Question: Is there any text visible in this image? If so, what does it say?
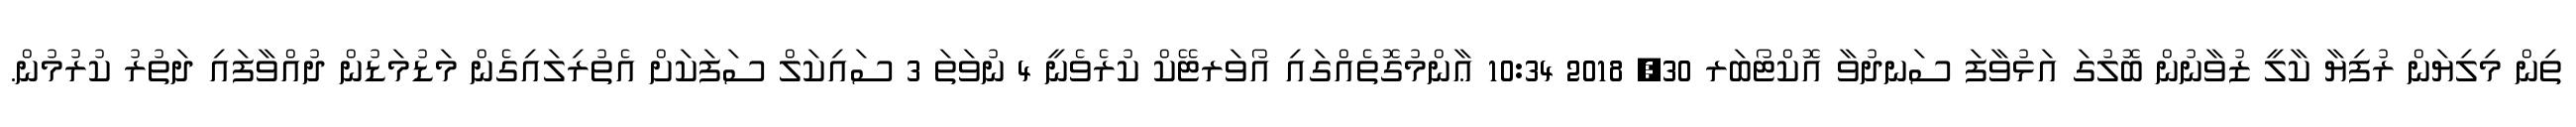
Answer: ތިން މިލިޔަން ރުފިޔާ ކާލީ ޒުވާނުން ބޮލުގަ އަޅުވާފަ ސަނދުވާ އޮކްޓޯބަރ 30, 2018 10:34 ޢާންމުގޮތެއްގައި އޯވަރޓޭކް ކުރެވެނީ 4 ނުވަތަ 3 ސައިކަލް ސަފަކަށް އެތުރިލައިގެން މަޑުމަޑުން ދުއްވާފައި ދަތުރު ކުރުމުން.